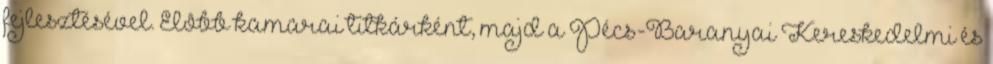
fejlesztésével. Elôbb kamarai titkárként, majd a Pécs-Baranyai Kereskedelmi és